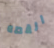
القصه